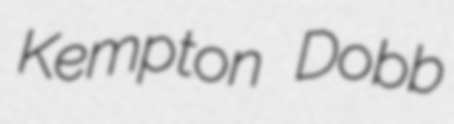
Kempton Dobb